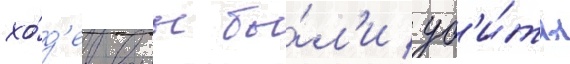
хо́д'е воины бы́л'и уб'и́ты